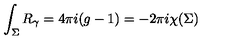
\int _ { \Sigma } R _ { \gamma } = 4 \pi i ( g - 1 ) = - 2 \pi i \chi ( \Sigma )